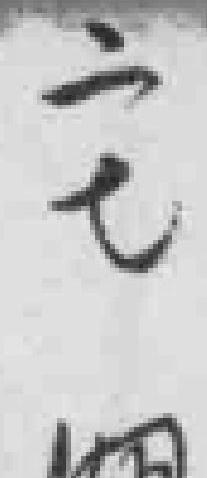
二七